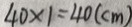
4 0 \times 1 = 4 0 ( c m )